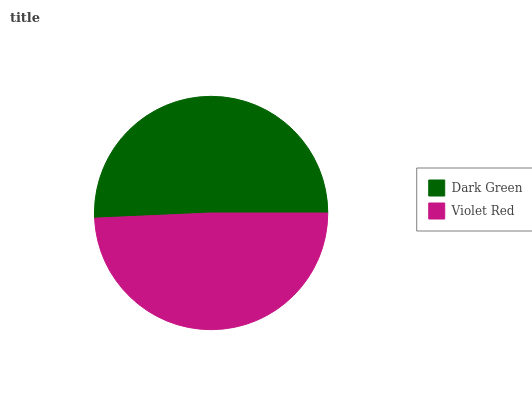
| Dark Green | Violet Red |
 | --- | --- |
 | 50.7% | 49.3% |